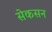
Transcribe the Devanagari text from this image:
सेकसन